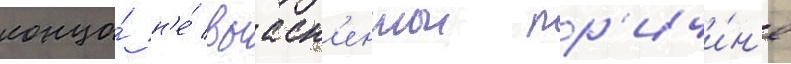
конца́ н'е́ выасн'еннои пр'ичи́н'е